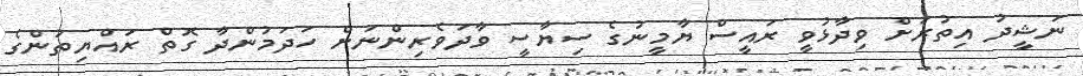
ނަޝީދު އިތުރަށް ވިދާޅުވީ ރައީސް ޔާމީނުގެ ސިޔާސީ ވާދަވެރިންނަށް ހަދަމުންދާ ގޮތް ރައްޔިތުންގެ